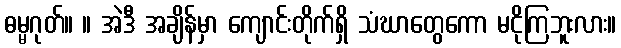
ဓမ္မဂုတ်။ ။ အဲဒီ အချိန်မှာ ကျောင်းတိုက်ရှိ သံဃာတွေကော မငိုကြဘူးလား။